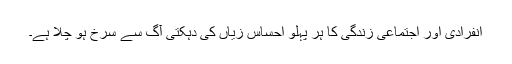
انفرادی اور اجتماعی زندگی کا ہر پہلو احساس زیاں کی دہکتی آگ سے سرخ ہو چلا ہے۔